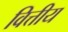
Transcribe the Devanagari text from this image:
वित्तीय